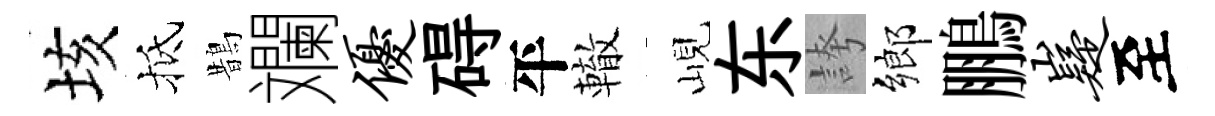
垓抵鵲斕优碍平轍峴东誇鄉鵬嶷至